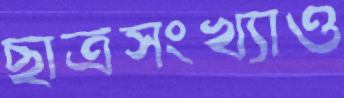
ছাত্রসংখ্যাও